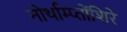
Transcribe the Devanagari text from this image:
नोर्थाम्प्तोंशिरे